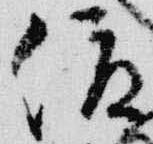
俊